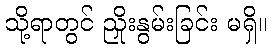
သို့ရာတွင် ညှိုးနွမ်းခြင်း မရှိ။